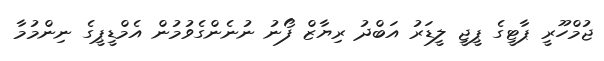
ޖުމްހޫރީ ޕާޓީގެ ޕީޖީ ލީޑަރު އަބްދު ރިޔާޒް ފޯނު ނުނެންގެވުމުން އެމްޑީޕީގެ ނިންމުމާ